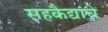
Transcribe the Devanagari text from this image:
सहकैद्यांचे